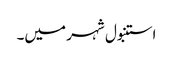
استنبول شہر میں۔